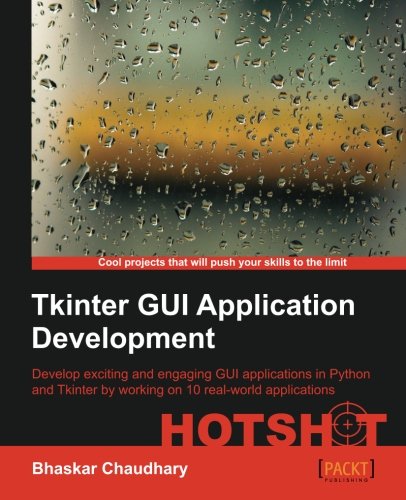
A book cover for Tkinter GUI ApplicationDevelopment HOTSHOT; Bhaskar Chaudhary; Computers & Technology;